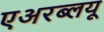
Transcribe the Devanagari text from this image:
एअरब्लयू